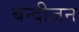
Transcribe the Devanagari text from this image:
बन्दीजन